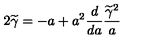
2 \widetilde \gamma = - a + a ^ { 2 } { \frac { d } { d a } } { \frac { \widetilde \gamma ^ { 2 } } { a } }